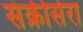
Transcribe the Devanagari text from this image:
संक्रीसेरा